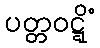
ပတ္တဝဋ္ဋိံ